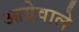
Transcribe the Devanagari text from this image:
आग्रेवाले